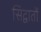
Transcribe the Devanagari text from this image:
सिद्वातों